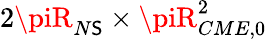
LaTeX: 2\piR_{N\mathsf{S}}\times\piR_{CME,0}^{2}